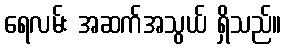
ရေလမ်း အဆက်အသွယ် ရှိသည်။